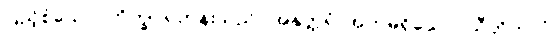
ပြည့်စုံသော။ ဘိက္ခု၊ ရဟန်းသည်။ အနုတ္တရံ၊ အတုမရှိသော။ သီတိဘာဝံ၊